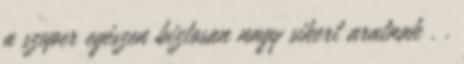
a szuper egészen biztosan nagy sikert aratnak . .